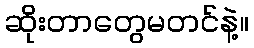
ဆိုးတာတွေမတင်နဲ့။